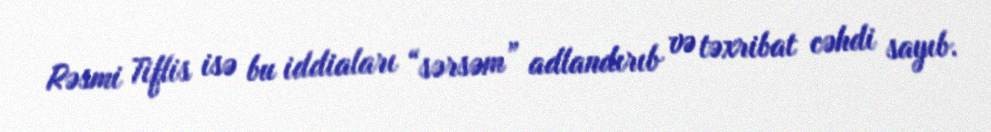
Rəsmi Tiflis isə bu iddiaları “sərsəm” adlandırıb və təxribat cəhdi sayıb.